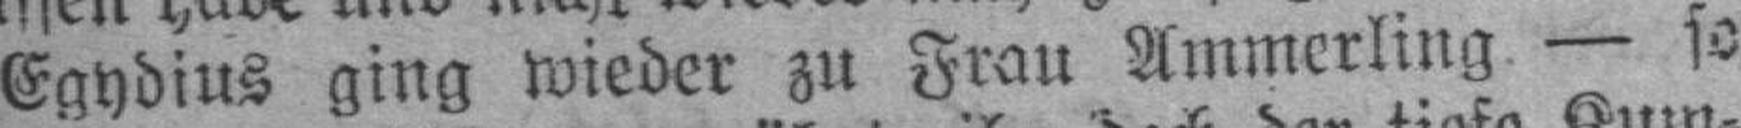
Egydius ging wieder zu Frau Ammerling — so